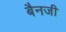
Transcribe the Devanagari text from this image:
बैनजी